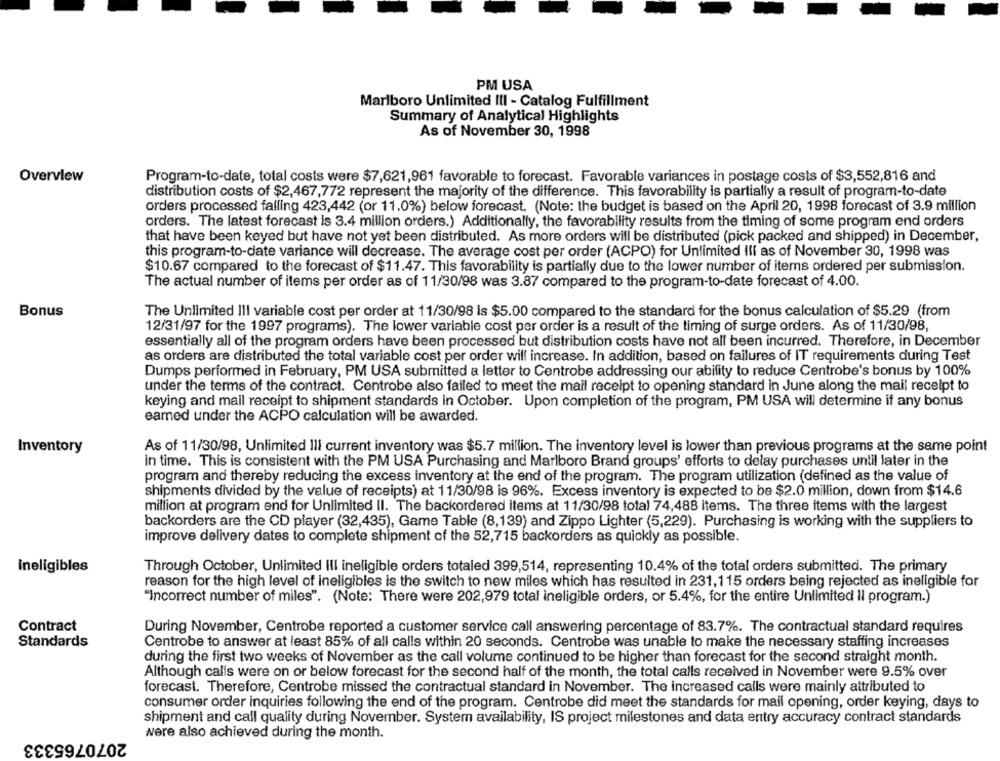
PM USA
Marlboro Unlimited IlI - Catalog Fulfillment
Summary of Analytical Highlights
As of November 30, 1998
Overview
Program-to-date, total costs were $7,621,961 favorable to forecast. Favorable variances in postage costs of $3,552,816 and
distribution costs of $2,467,772 represent the majority of the difference. This favorability is partially a result of program-to-date
orders processed falling 423,442 (or 11.0%) below forecast. (Note: the budget is based on the April 20, 1998 forecast of 3.9 million
orders. The latest forecast is 3.4 million orders.) Additionally, the favorability results from the timing of some program end orders
that have been keyed but have not yet been distributed. As more orders will be distributed (pick packed and shipped) in December,
this program-to-date variance will decrease. The average cost per order (ACPO) for Unlimited Ill as of November 30, 1998 was
$10.67 compared to the forecast of $11.47. This favorability is partially due to the lower number of items ordered per submission.
The actual number of items per order as of 11/30/98 was 3.87 compared to the program-to-date forecast of 4.00.
Bonus
The Unlimited III variable cost per order at 11/30/98 is $5.00 compared to the standard for the bonus calculation of $5.29 (from
12/31/97 for the 1997 programs). The lower variable cost per order is a result of the timing of surge orders. As of 11/30/98,
essentially all of the program orders have been processed but distribution costs have not all been incurred. Therefore, in December
as orders are distributed the total variable cost per order will increase. In addition, based on failures of IT requirements during Test
Dumps performed in February, PM USA submitted a letter to Centrobe addressing our ability to reduce Centrobe's bonus by 100%
under the terms of the contract. Centrobe also failed to meet the mail receipt to opening standard in June along the mail receipt to
keying and mail receipt to shipment standards in October. Upon completion of the program, PM USA will determine if any bonus
earned under the ACPO calculation will be awarded.
Inventory
As of 11/30/98, Unlimited Ill current inventory was $5.7 million. The inventory level is lower than previous programs at the same point
in time. This is consistent with the PM USA Purchasing and Marlboro Brand groups' efforts to delay purchases until later in the
program and thereby reducing the excess inventory at the end of the program. The program utilization (defined as the value of
shipments divided by the value of receipts) at 11/30/98 is 96%. Excess inventory is expected to be $2.0 million, down from $14.6
million at program end for Unlimited II. The backordered items at 11/30/98 total 74,488 items. The three items with the largest
backorders are the CD player (32,435), Game Table (8,139) and Zippo Lighter (5,229). Purchasing is working with the suppliers to
improve delivery dates to complete shipment of the 52,715 backorders as quickly as possible.
Ineligibles
Through October, Unlimited ill ineligible orders totaled 399,514, representing 10.4% of the total orders submitted. The primary
reason for the high level of ineligibles is the switch to new miles which has resulted in 231,115 orders being rejected as ineligible for
"Incorrect number of miles". (Note: There were 202,979 total ineligible orders, or 5.4%, for the entire Unlimited Il program.)
Contract
During November, Centrobe reported a customer service call answering percentage of 83.7%. The contractual standard requires
Standards
Centrobe to answer at least 85% of all calls within 20 seconds. Centrobe was unable to make the necessary staffing increases
during the first two weeks of November as the call volume continued to be higher than forecast for the second straight month.
Although calls were on or below forecast for the second half of the month, the total calls received in November were 9.5% over
forecast. Therefore, Centrobe missed the contractual standard in November. The increased calls were mainly attributed to
consumer order inquiries following the end of the program. Centrobe did meet the standards for mail opening, order keying, days to
shipment and call quality during November. System availability, IS project milestones and data entry accuracy contract standards
2070765333
were also achieved during the month.